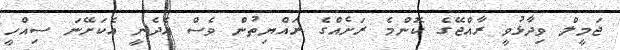
ޖަމީލް ވިދާޅުވީ ރާއްޖޭގެ ކޮންމެ ރަށެއްގެ ރައްޔިތުން ވެސް އެދެނީ އެކަށޭނަ ސިއްހީ